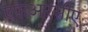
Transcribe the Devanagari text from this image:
एफआरसीए